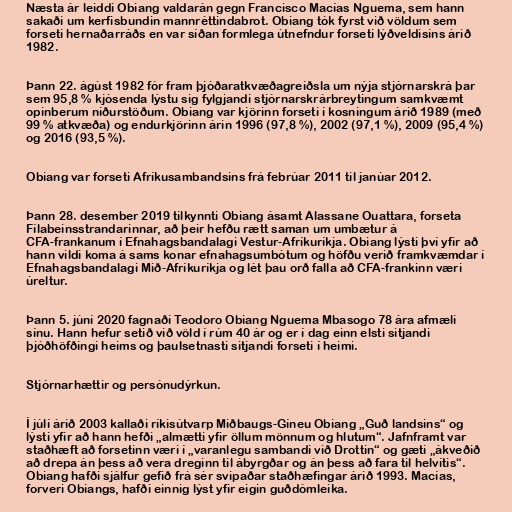
Næsta ár leiddi Obiang valdarán gegn Francisco Macías Nguema, sem hann
sakaði um kerfisbundin mannréttindabrot. Obiang tók fyrst við völdum sem
forseti hernaðarráðs en var síðan formlega útnefndur forseti lýðveldisins árið
1982.

Þann 22. ágúst 1982 fór fram þjóðaratkvæðagreiðsla um nýja stjórnarskrá þar
sem 95,8 % kjósenda lýstu sig fylgjandi stjórnarskrárbreytingum samkvæmt
opinberum niðurstöðum. Obiang var kjörinn forseti í kosningum árið 1989 (með
99 % atkvæða) og endurkjörinn árin 1996 (97,8 %), 2002 (97,1 %), 2009 (95,4 %)
og 2016 (93,5 %).

Obiang var forseti Afríkusambandsins frá febrúar 2011 til janúar 2012.

Þann 28. desember 2019 tilkynnti Obiang ásamt Alassane Ouattara, forseta
Fílabeinsstrandarinnar, að þeir hefðu rætt saman um umbætur á
CFA-frankanum í Efnahagsbandalagi Vestur-Afríkuríkja. Obiang lýsti því yfir að
hann vildi koma á sams konar efnahagsumbótum og höfðu verið framkvæmdar í
Efnahagsbandalagi Mið-Afríkuríkja og lét þau orð falla að CFA-frankinn væri
úreltur.

Þann 5. júní 2020 fagnaði Teodoro Obiang Nguema Mbasogo 78 ára afmæli
sínu. Hann hefur setið við völd í rúm 40 ár og er í dag einn elsti sitjandi
þjóðhöfðingi heims og þaulsetnasti sitjandi forseti í heimi.

Stjórnarhættir og persónudýrkun.

Í júlí árið 2003 kallaði ríkisútvarp Miðbaugs-Gíneu Obiang „Guð landsins“ og
lýsti yfir að hann hefði „almætti yfir öllum mönnum og hlutum“. Jafnframt var
staðhæft að forsetinn væri í „varanlegu sambandi við Drottin“ og gæti „ákveðið
að drepa án þess að vera dreginn til ábyrgðar og án þess að fara til helvítis“.
Obiang hafði sjálfur gefið frá sér svipaðar staðhæfingar árið 1993. Macías,
forveri Obiangs, hafði einnig lýst yfir eigin guðdómleika.